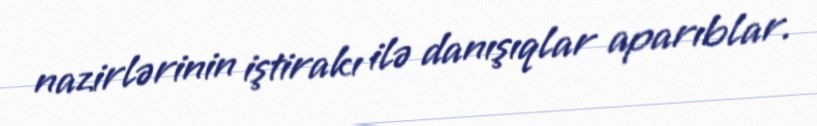
nazirlərinin iştirakı ilə danışıqlar aparıblar.